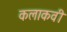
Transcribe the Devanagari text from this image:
कलाकवी